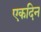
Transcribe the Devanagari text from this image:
एकदिन